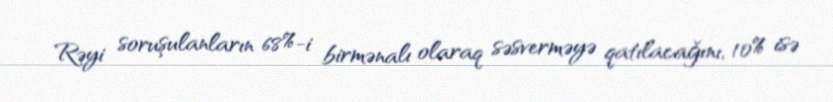
Rəyi soruşulanların 68%-i birmənalı olaraq səsverməyə qatılacağını, 10% isə